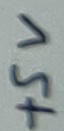
Text: +5V